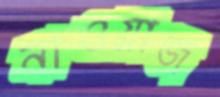
নাওয়াজ